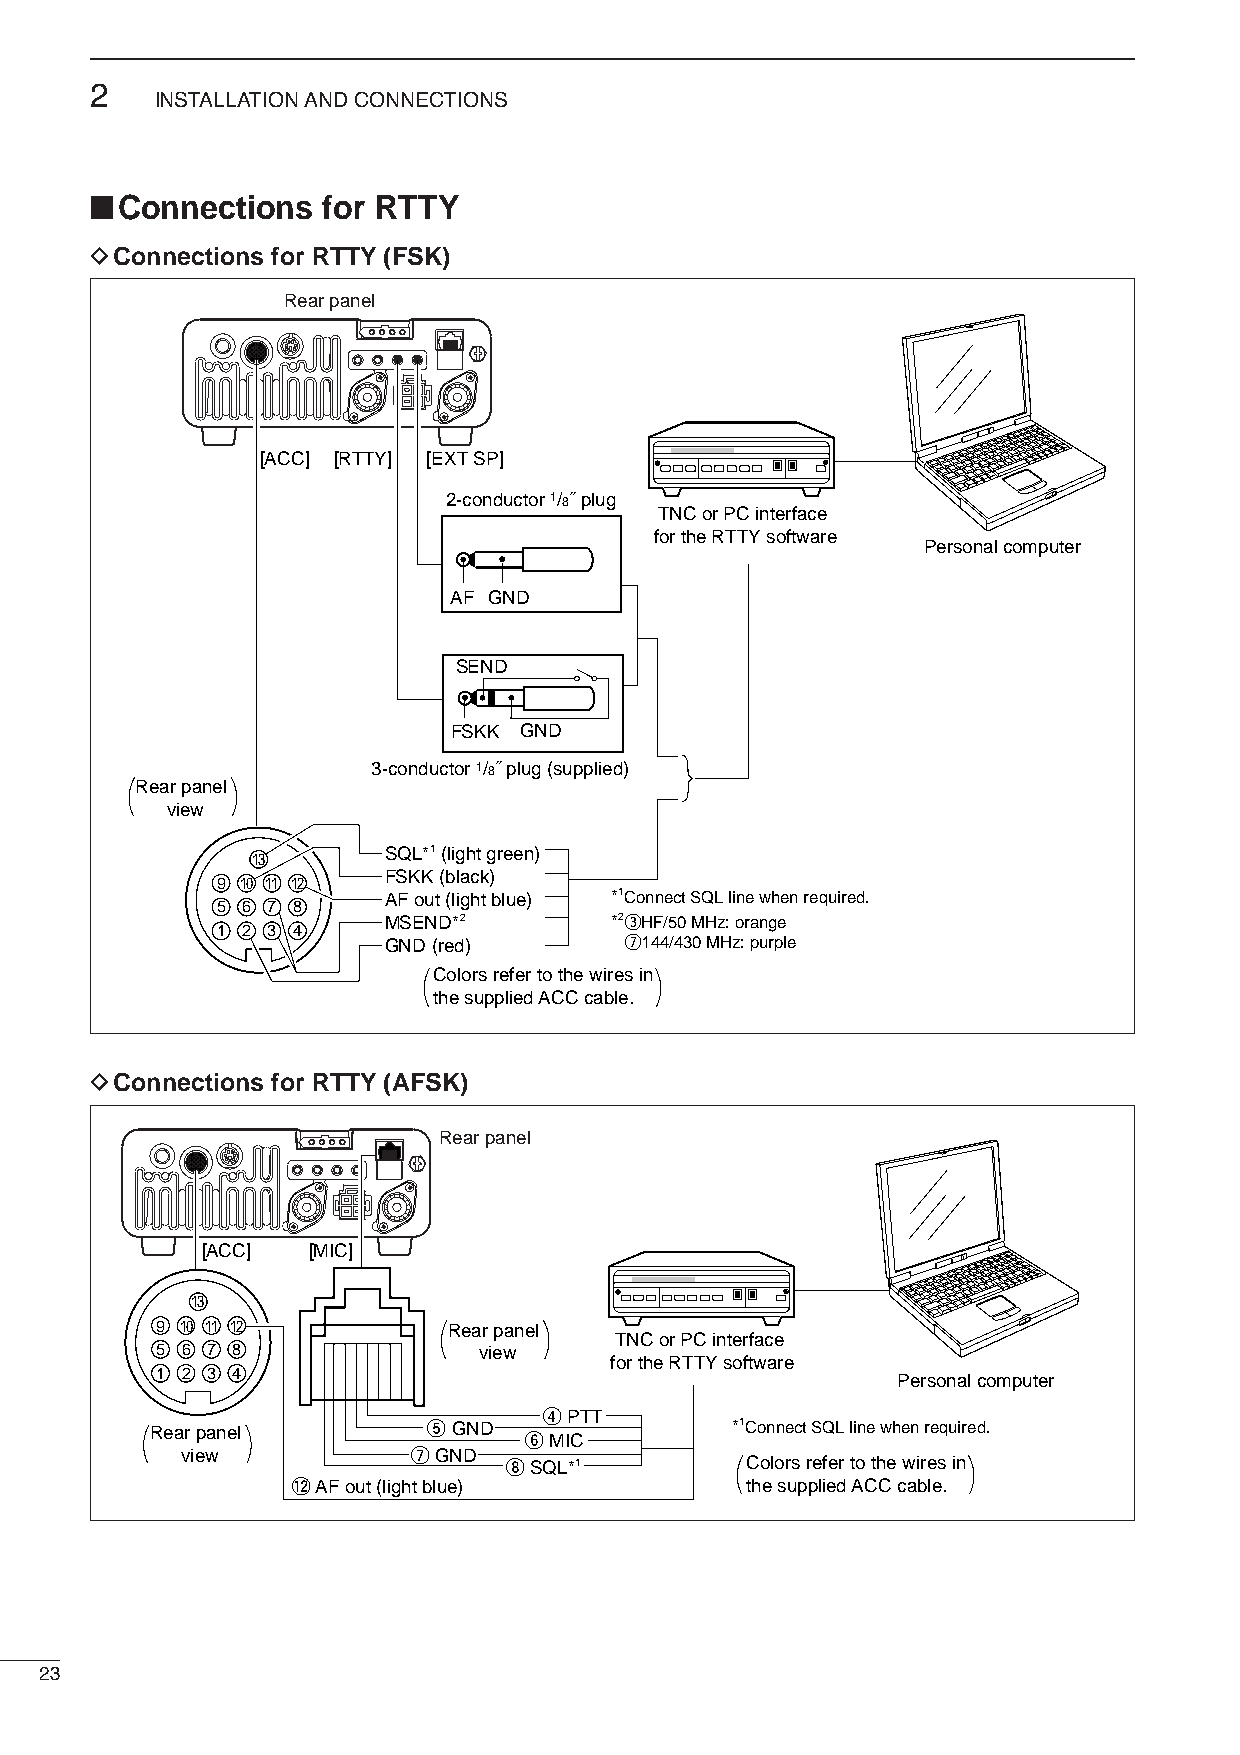
2
 INSTALLATION AND CONNECTIONS
 ■
 Connections  for RTTY
 DConnections for RTTY (FSK)
 Rear panel
 [ACC] [RTTY] [EXT SP]
 2-conductor 1/8˝ plug
 TNC or PC interface
 for the RTTY software
 Personal computer
 AF GND
 SEND
 FSKK GND
 3-conductor 1/8˝ plug (supplied)
 Rear panel
 view
 SQL*1 (light green)
 13
 FSKK (black)
 9 10 11 12
 AF out (light blue) *1Connect SQL line when required.
 5 6 7 8
 MSEND*2        *2eHF/50 MHz: orange
 1 2 3 4
 GND (red)       u144/430 MHz: purple
 Colors refer to the wires in
 the supplied ACC cable.
 DConnections for RTTY (AFSK)
 Rear panel
 [ACC]  [MIC]
 13
 9 10 11 12          Rear panel
 TNC or PC interface
 5 6 7 8               view
 for the RTTY software
 1 2 3 4
 Personal computer
 Rear panel        t GND
 yr
 M
 IP CTT
 *1Connect SQL line when required.
 view           u GND
 i SQL*1         Colors refer to the wires in
 !2 AF out (light blue)        the supplied ACC cable.
 23